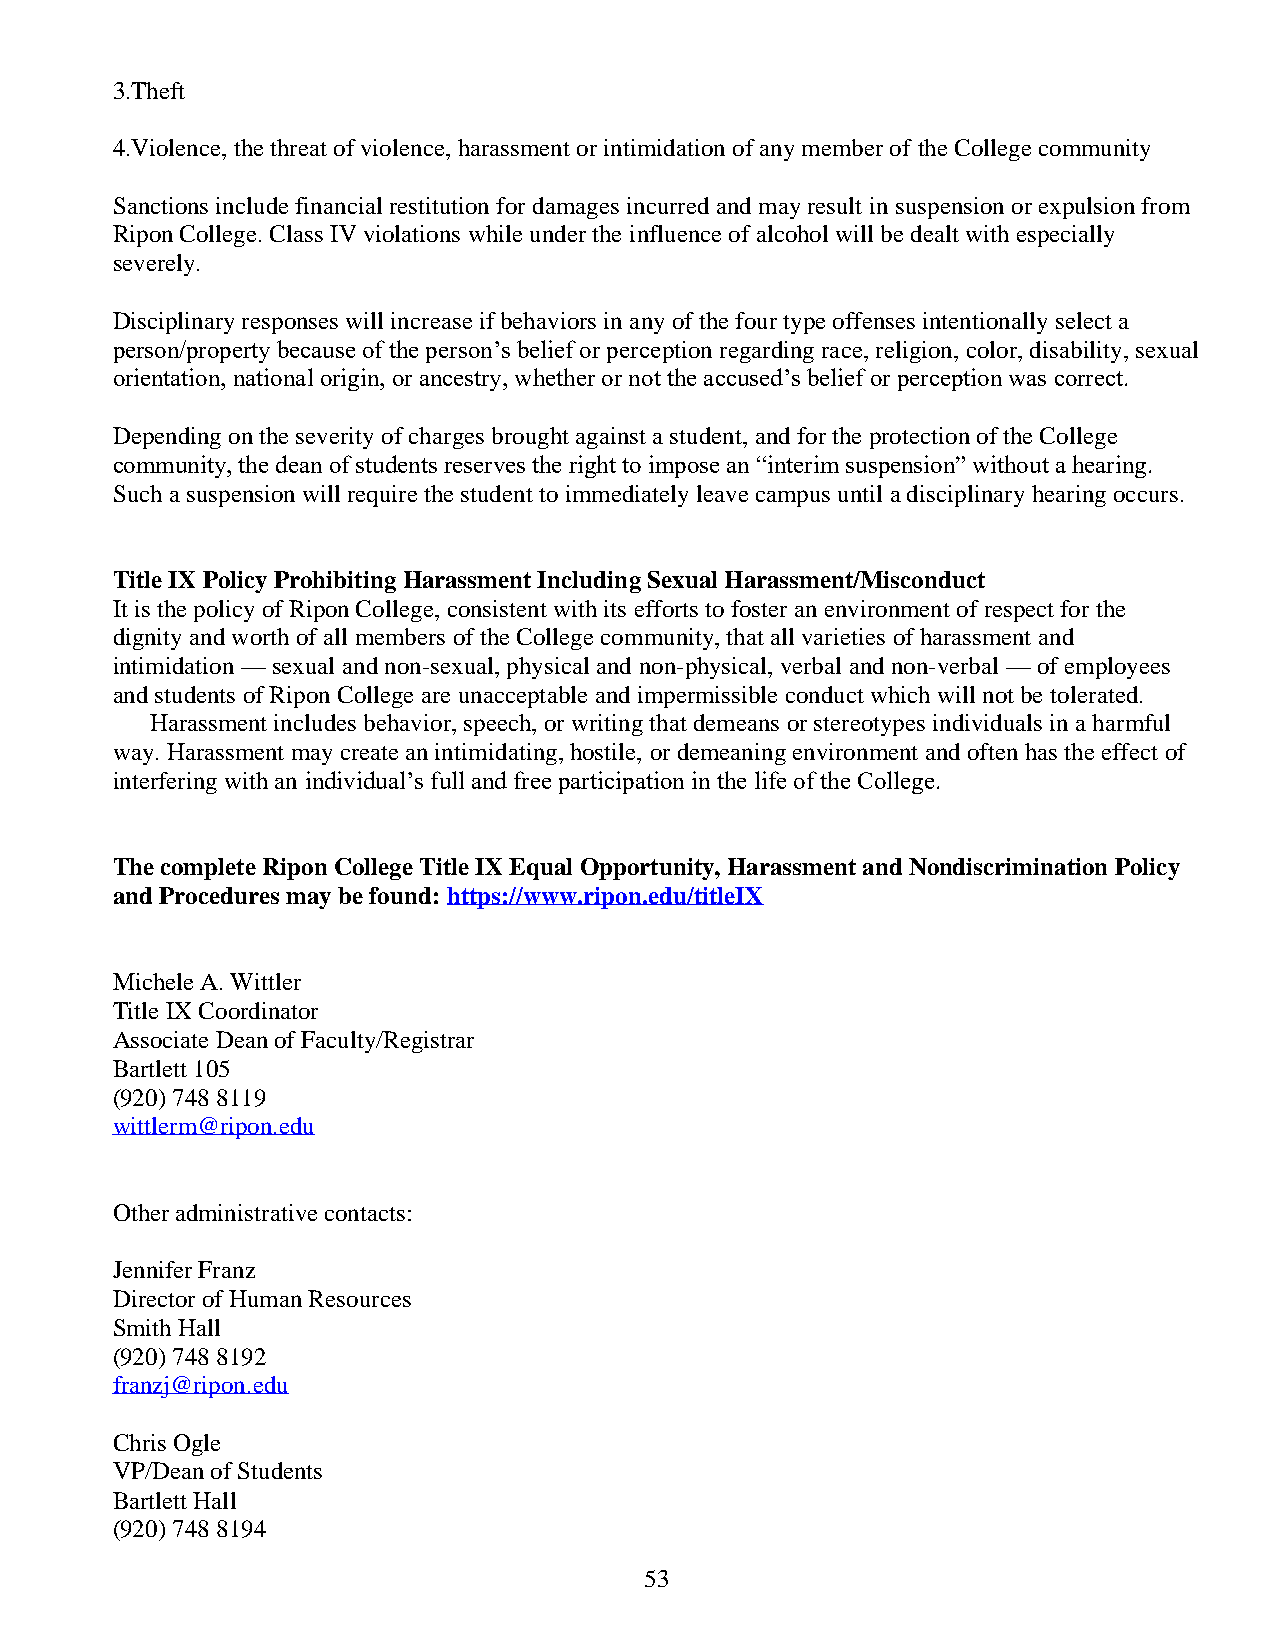
3.Theft
 4.Violence, the threat of violence, harassment or intimidation of any member of the College community
 Sanctions include financial restitution for damages incurred and may result in suspension or expulsion from
 Ripon College. Class IV violations while under the influence of alcohol will be dealt with especially
 severely.
 Disciplinary responses will increase if behaviors in any of the four type offenses intentionally select a
 person/property because of the person’s belief or perception regarding race, religion, color, disability, sexual
 orientation, national origin, or ancestry, whether or not the accused’s belief or perception was correct.
 Depending on the severity of charges brought against a student, and for the protection of the College
 community, the dean of students reserves the right to impose an “interim suspension” without a hearing.
 Such a suspension will require the student to immediately leave campus until a disciplinary hearing occurs.
 Title IX Policy Prohibiting Harassment Including Sexual Harassment/Misconduct
 It is the policy of Ripon College, consistent with its efforts to foster an environment of respect for the
 dignity and worth of all members of the College community, that all varieties of harassment and
 intimidation — sexual and non-sexual, physical and non-physical, verbal and non-verbal — of employees
 and students of Ripon College are unacceptable and impermissible conduct which will not be tolerated.
 Harassment includes behavior, speech, or writing that demeans or stereotypes individuals in a harmful
 way. Harassment may create an intimidating, hostile, or demeaning environment and often has the effect of
 interfering with an individual’s full and free participation in the life of the College.
 The complete Ripon College Title IX Equal Opportunity, Harassment and Nondiscrimination Policy
 and Procedures may be found: https://www.ripon.edu/titleIX
 Michele A. Wittler
 Title IX Coordinator
 Associate Dean of Faculty/Registrar
 Bartlett 105
 (920) 748 8119
 wittlerm@ripon.edu
 Other administrative contacts:
 Jennifer Franz
 Director of Human Resources
 Smith Hall
 (920) 748 8192
 franzj@ripon.edu
 Chris Ogle
 VP/Dean of Students
 Bartlett Hall
 (920) 748 8194
 53